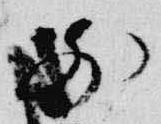
前